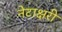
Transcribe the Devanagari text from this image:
नेटाक्षरी